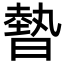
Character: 暬